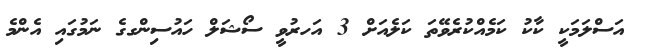
އަސްލަމަކީ ކާކު ކަމެއްކުރެވޭތަ ކަލެއަށް 3 އަހރުވީ ސޯޝަލް ހައުސިންގގެ ނަމުގައި އެންމެ